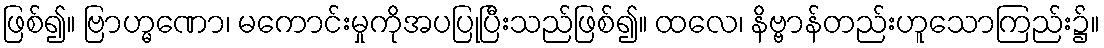
ဖြစ်၍။ ဗြာဟ္မဏော၊ မကောင်းမှုကိုအပပြုပြီးသည်ဖြစ်၍။ ထလေ၊ နိဗ္ဗာန်တည်းဟူသောကြည်း၌။